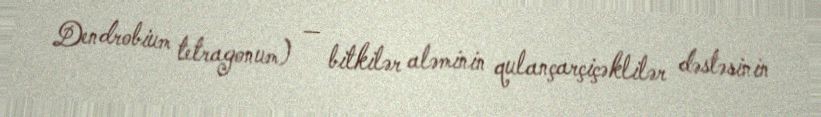
Dendrobium tetragonum) — bitkilər aləminin qulançarçiçəklilər dəstəsinin